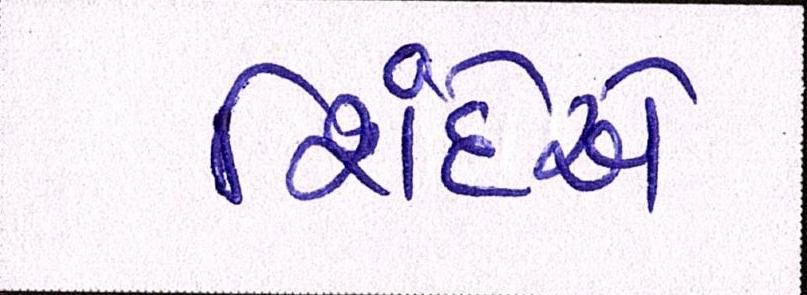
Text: શિંદેએ